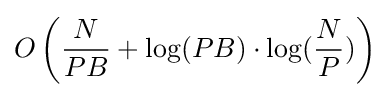
O\left({\frac {N}{PB}}+\log(PB)\cdot \log({\frac {N}{P}})\right)